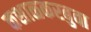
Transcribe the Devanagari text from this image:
कशाळकरबुवा